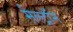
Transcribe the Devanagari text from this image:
मैल्ट्रॉन